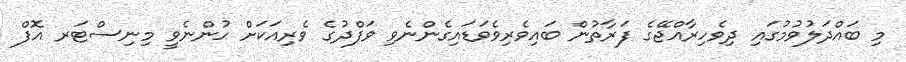
މި ބައްދަލުވުމުގައި ދިވެހިރާއްޖޭގެ ފަރާތުން ބައިވެރިވެވަޑައިގެންނެވި ވަފްދުގެ ވެރިއަކަށް ހުންނެވީ މިނިސްޓަރ އޮފް